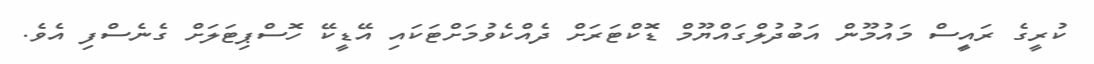
ކުރީގެ ރައީިސް މައުމޫން އަބުދުލްގައްޔޫމް ޑޮކްޓަރަށް ދެއްކެވުމަށްޓަކައި އޭޑީކޭ ހޮސްޕިޓަލަށް ގެނެސްފި އެވެ.